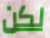
لكن